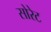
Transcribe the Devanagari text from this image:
सोरेट